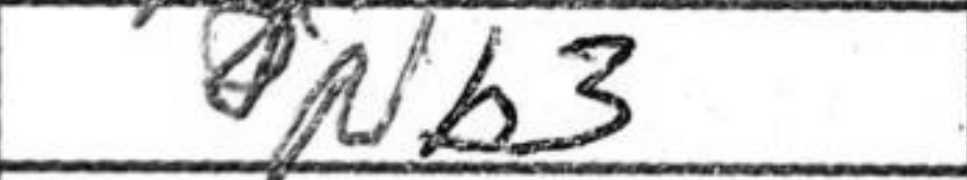
Transcription: Nb3